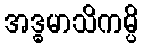
အဒ္ဓမာသိကမ္ပိ